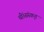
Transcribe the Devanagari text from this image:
थीं।संस्कृत